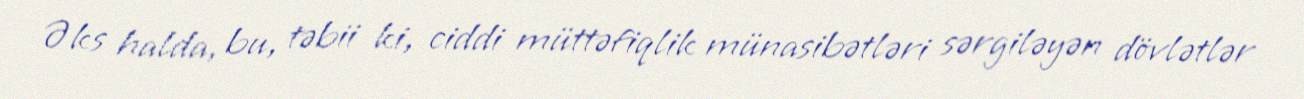
Əks halda, bu, təbii ki, ciddi müttəfiqlik münasibətləri sərgiləyən dövlətlər